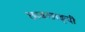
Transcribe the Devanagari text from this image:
छाङछाङ्दी